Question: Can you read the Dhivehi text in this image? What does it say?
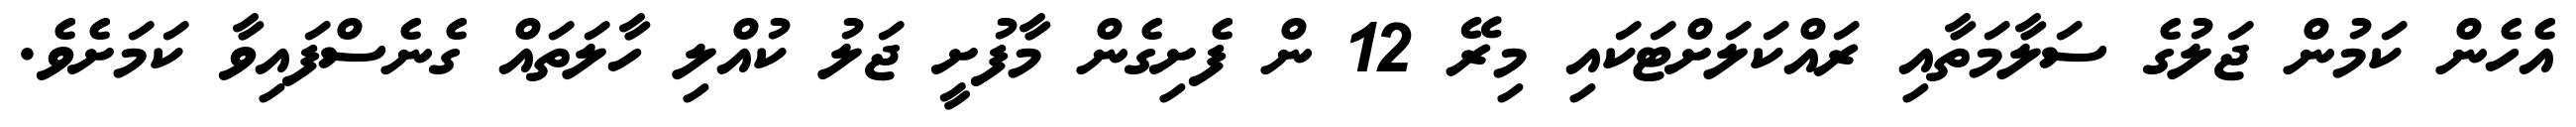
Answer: އެހެން ކަމުން ޖަލުގެ ސަލާމަތާއި ރައްކަލަށްޓަކައި މިރޭ 12 ން ފެށިގެން މާފުށީ ޖަލު ކުއްލި ހާލަތައް ގެނެސްފައިވާ ކަމަށެވެ.